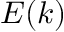
E ( k )